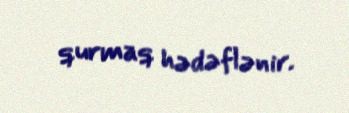
qurmaq hədəflənir.